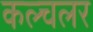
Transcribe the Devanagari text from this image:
कल्चलर